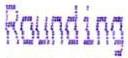
ROUNDING